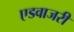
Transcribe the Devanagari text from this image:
एडवाजरी